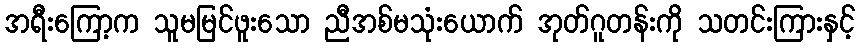
အရီးကြော့က သူမမြင်ဖူးသော ညီအစ်မသုံးယောက် အုတ်ဂူတန်းကို သတင်းကြားနှင့်